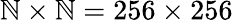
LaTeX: \mathbb{N}\times\mathbb{N}=256\times256